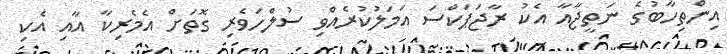
އިންތިހާބުގެ ނަތީޖާއާ އެކު ރާޖަޕަކްސަ އަމަލުކުރެއްވި ސުލްހަވެރި ގޮތަށް އެމެރިކާ އާއި އެކި